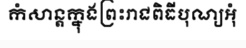
កំសាន្តក្នុងព្រះរាជពិធីបុណ្យអុំ